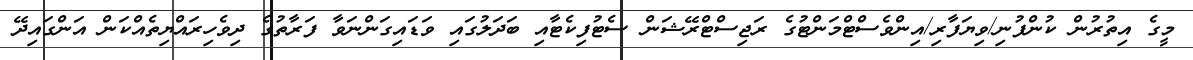
މީގެ އިތުރުން ކުންފުނި/ވިޔަފާރި/އިންވެސްޓްމަންޓުގެ ރަޖިސްޓްރޭޝަން ސެޓުފިކެޓާއި ބަދަލުގައި ވަޑައިގަންނަވާ ފަރާތުގެ ދިވެހިރައްޔިތެއްކަން އަންގައިދޭ